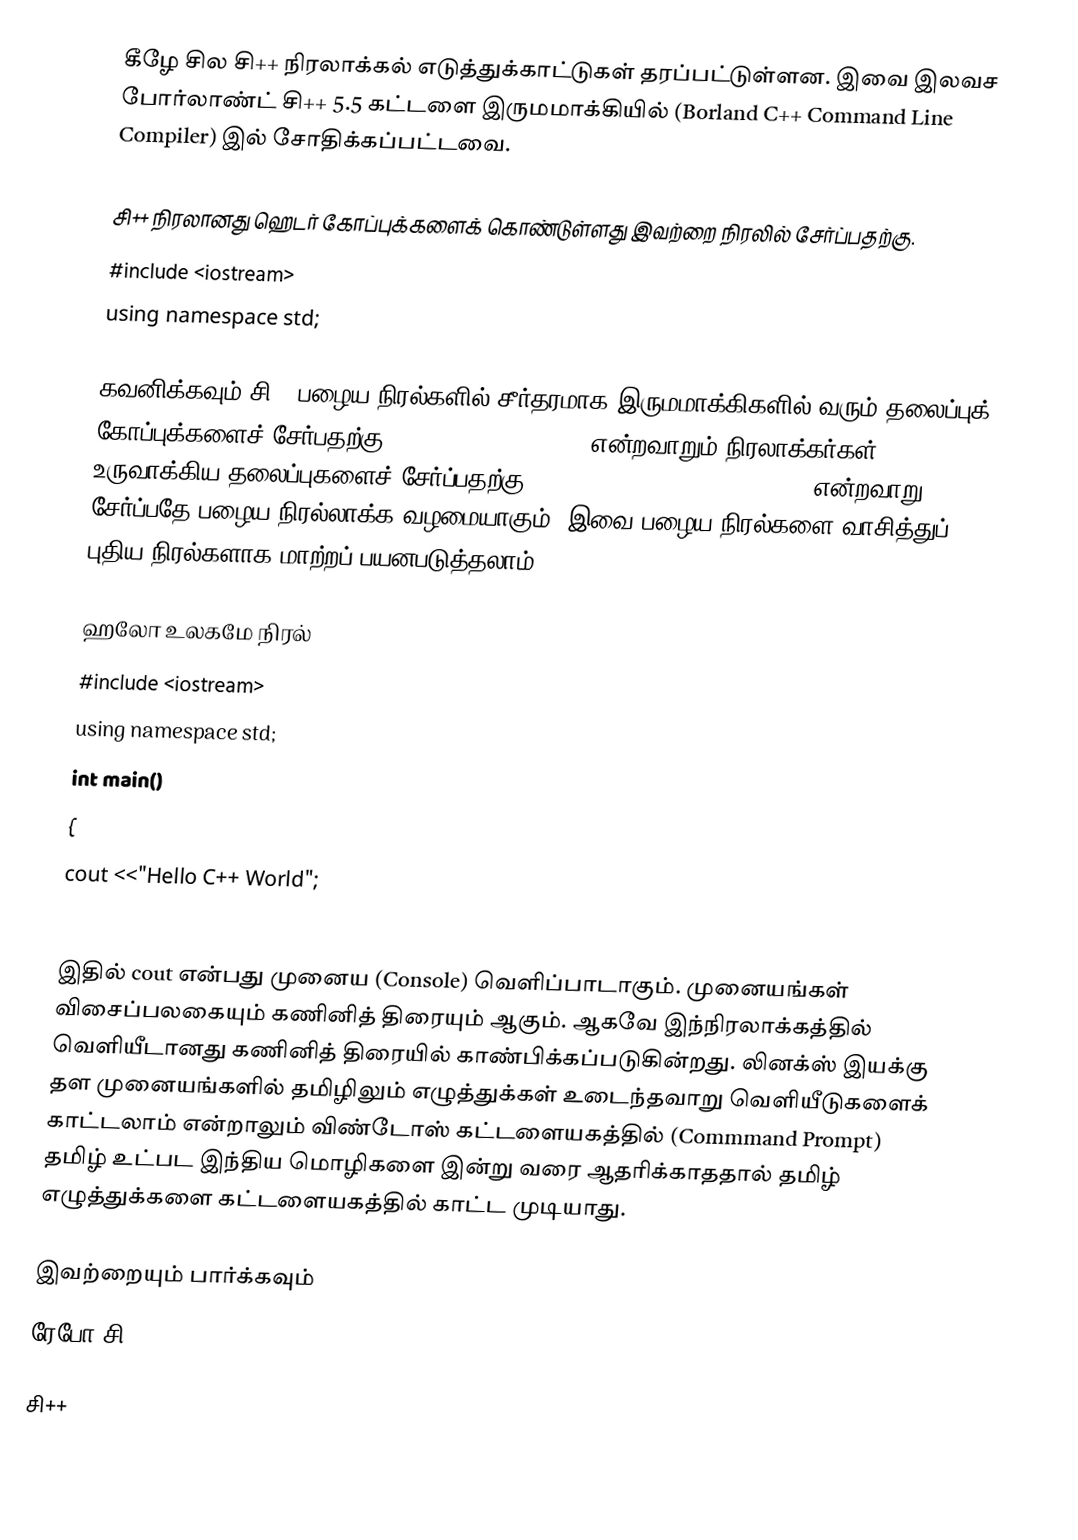
கீழே சில சி++ நிரலாக்கல் எடுத்துக்காட்டுகள் தரப்பட்டுள்ளன. இவை இலவச போர்லாண்ட் சி++ 5.5 கட்டளை இருமமாக்கியில் (Borland C++ Command Line Compiler) இல் சோதிக்கப்பட்டவை.

சி++ நிரலானது ஹெடர் கோப்புக்களைக் கொண்டுள்ளது இவற்றை நிரலில் சேர்ப்பதற்கு.
#include <iostream>
using namespace std;

கவனிக்கவும் சி++ பழைய நிரல்களில் சீர்தரமாக இருமமாக்கிகளில் வரும் தலைப்புக் கோப்புக்களைச் சேர்பதற்கு #include <iostrams.h> என்றவாறும் நிரலாக்கர்கள் உருவாக்கிய தலைப்புகளைச் சேர்ப்பதற்கு #include "programmercreated.h" என்றவாறு சேர்ப்பதே பழைய நிரல்லாக்க வழமையாகும். இவை பழைய நிரல்களை வாசித்துப் புதிய நிரல்களாக மாற்றப் பயனபடுத்தலாம்.

ஹலோ உலகமே நிரல்
#include <iostream>
using namespace std;
int main()
{
cout <<"Hello C++ World";
}

இதில் cout என்பது முனைய (Console) வெளிப்பாடாகும். முனையங்கள் விசைப்பலகையும் கணினித் திரையும் ஆகும். ஆகவே இந்நிரலாக்கத்தில் வெளியீடானது கணினித் திரையில் காண்பிக்கப்படுகின்றது. லினக்ஸ் இயக்கு தள முனையங்களில் தமிழிலும் எழுத்துக்கள் உடைந்தவாறு வெளியீடுகளைக் காட்டலாம் என்றாலும் விண்டோஸ் கட்டளையகத்தில் (Commmand Prompt) தமிழ் உட்பட இந்திய மொழிகளை இன்று வரை ஆதரிக்காததால் தமிழ் எழுத்துக்களை கட்டளையகத்தில் காட்ட முடியாது.

இவற்றையும் பார்க்கவும்
 ரேபோ சி++

சி++